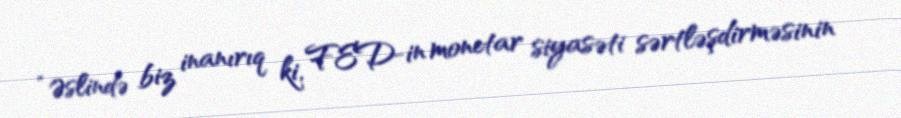
“Əslində biz inanırıq ki, FED-in monetar siyasəti sərtləşdirməsinin